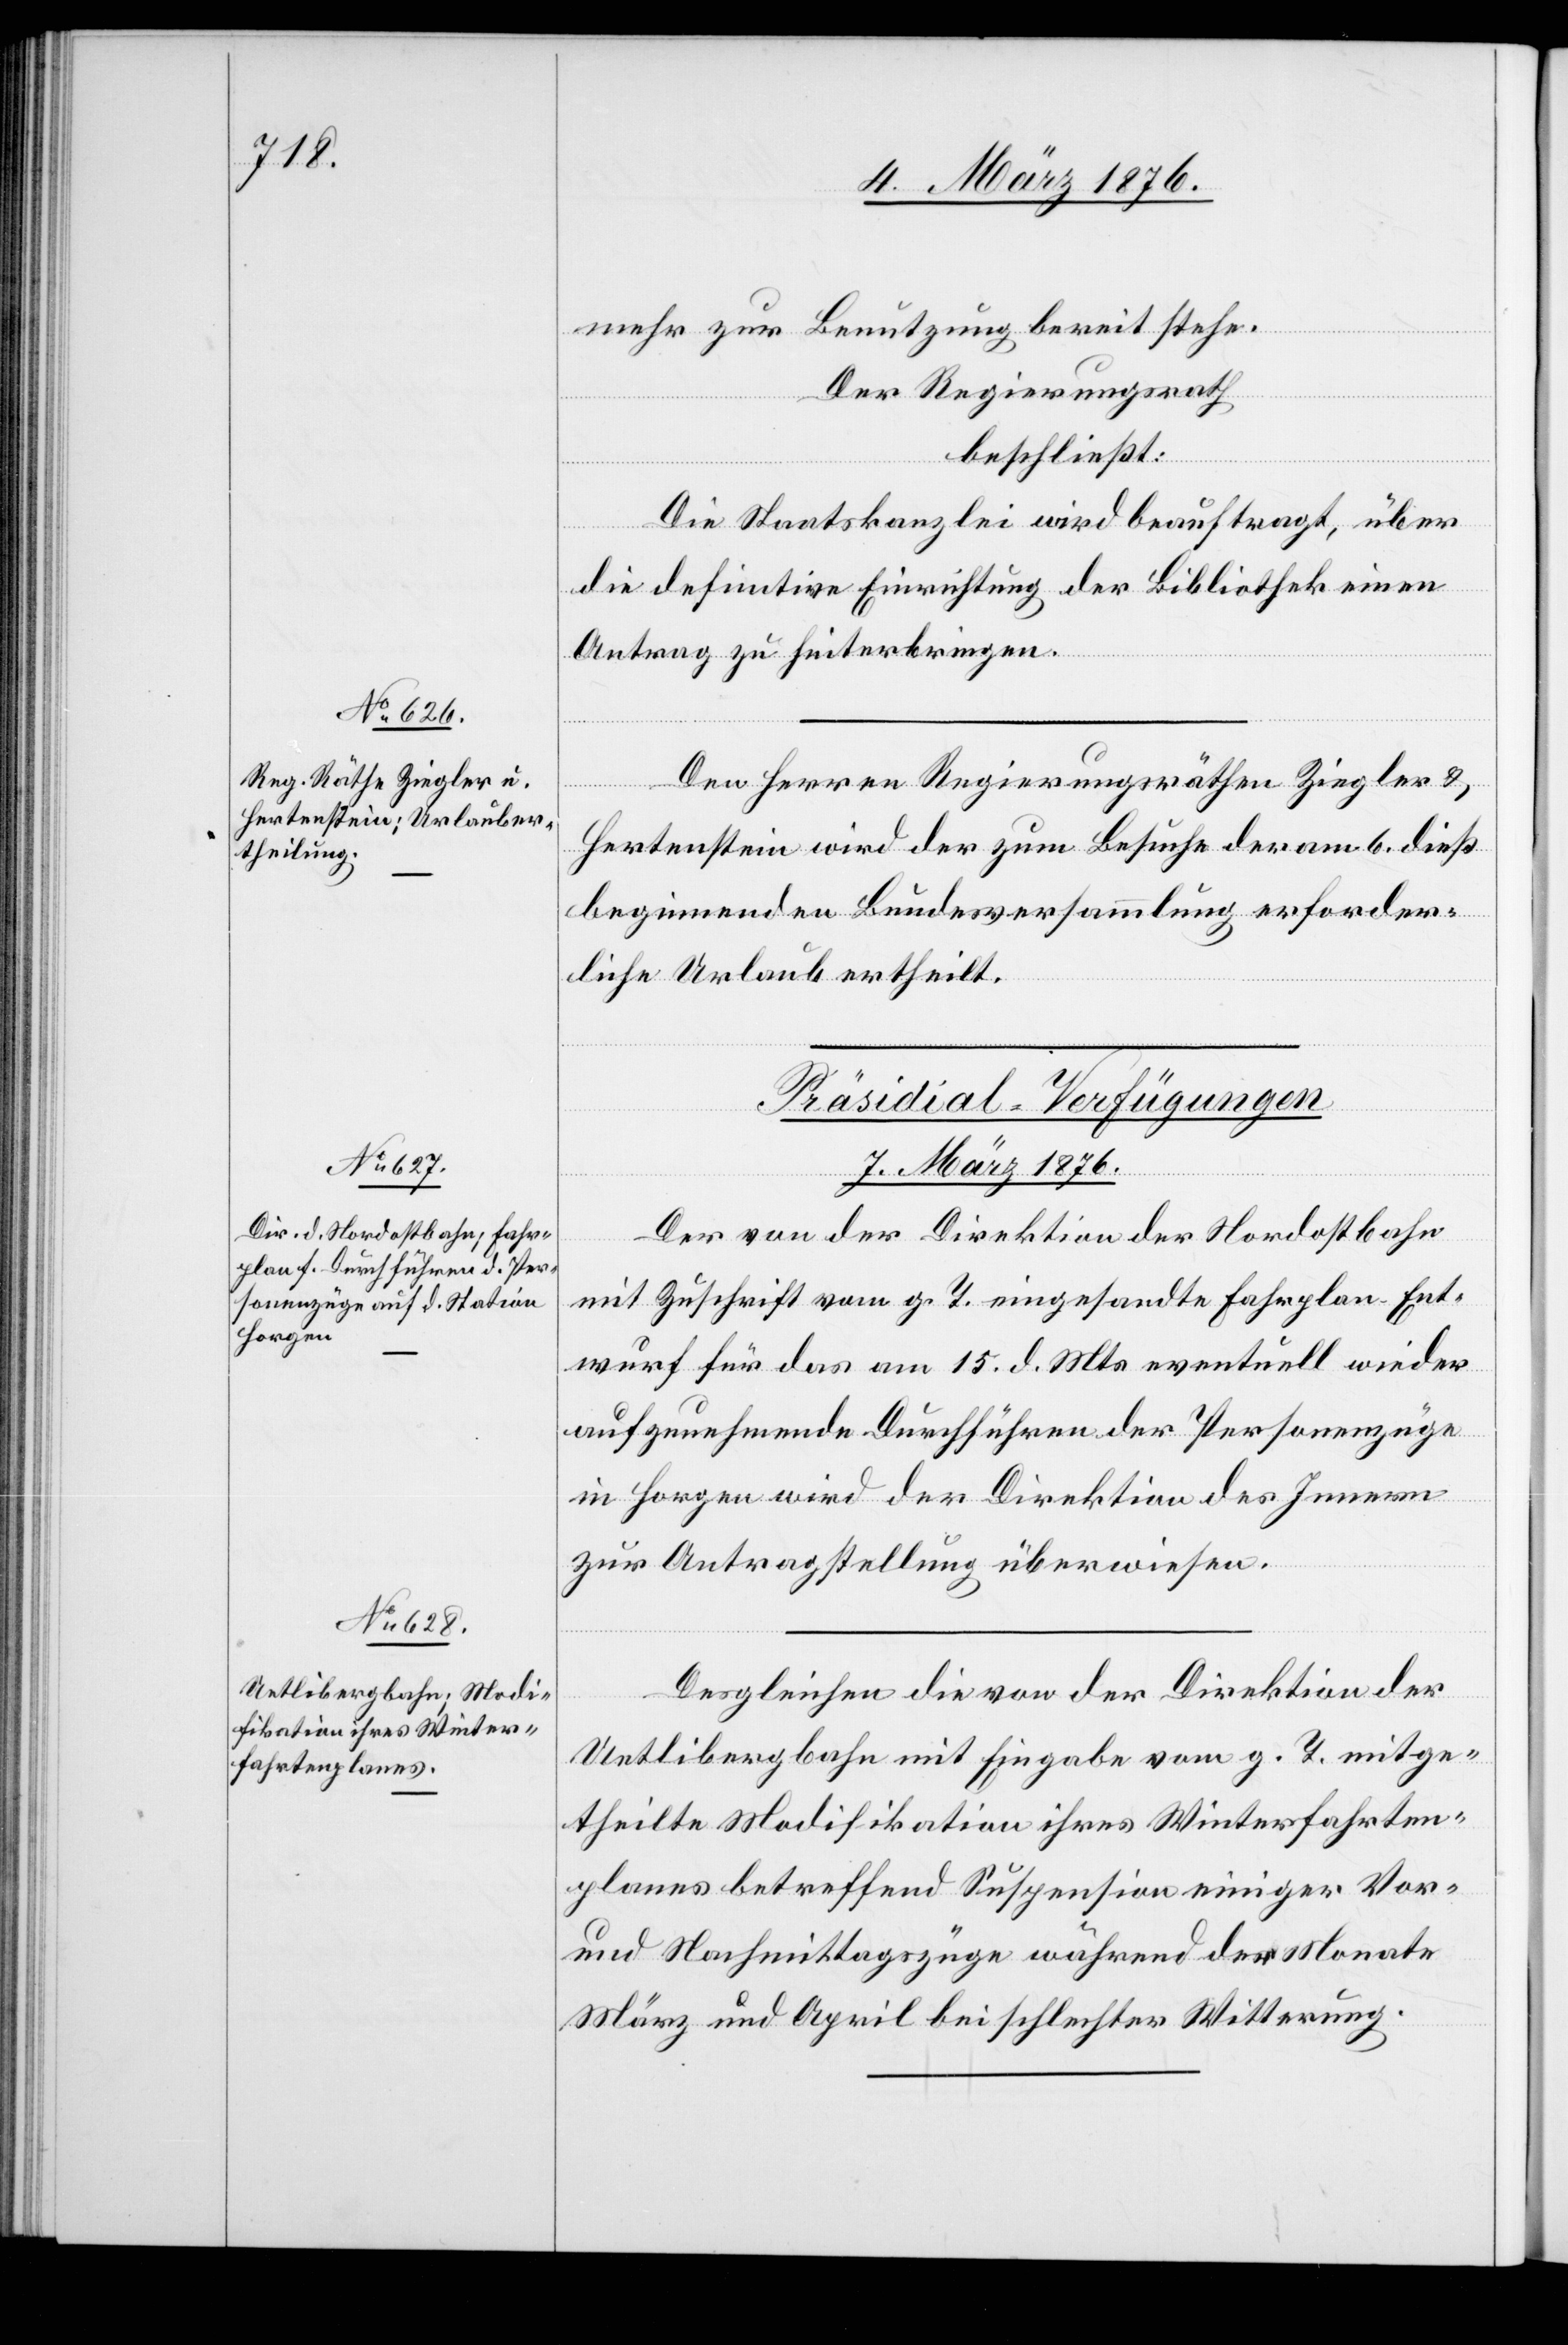
mehr zur Benutzung bereit stehe.
Der Regierungsrath
beschließt:
Die Staatskanzlei wird beauftragt, über
die definitive Einrichtung der Bibliothek einen
Antrag zu hinterbringen.
Den Herren Regierungsräthen Ziegler &
Hertenstein wird der zum Besuche der am 6. dieß
beginnenden Bundesversammlung erforder¬
liche Urlaub ertheilt.
[Präsidial-Verfügungen
7. März 1876.]
Der von der Direktion der Nordostbahn
mit Zuschrift vom g. T. eingesandte Fahrplan-Ent¬
wurf für das am 15. d. Mts. eventuell wieder
aufzunehmende Durchführen der Personenzüge
in Horgen wird der Direktion des Innern
zur Antragstellung überwiesen.
Desgleichen die von der Direktion der
Uetlibergbahn mit Eingabe vom g. T. mitge¬
theilte Modifikation ihres Winterfahrten¬
planes betreffend Suspension einiger Vor-
und Nachmittagszüge während der Monate
März und April bei schlechter Witterung.